system: You are a helpful assistant.
user:
Analyze the provided spectrum to determine if it is a **S-type Star**.

- **Key Indicators for S-type Star:**

    - **(Overall Spectrum Shape):** The first and most obvious characteristic is the overall continuum (the "baseline" shape). It is **extremely "red-sloping,"** meaning the flux (light intensity) is very low on the left side (blue, ~4000-4500 Å) and rises steeply and continuously toward the right side (red, ~7000 Å+).

    - **(Primary):** The spectrum is defined by the presence of strong, broad molecular absorption "valleys" (bands) from **Zirconium Oxide (ZrO)**. The identification of these bands is the **primary requirement** for classifying a star as S-type.
        - **(Key Bandheads):** You must find distinct, deep "dips" where the light has been absorbed. The most critical band systems to locate are:
            - **~6474 Å** ($\gamma$-system): This is often the strongest and clearest ZrO feature, found in the red part of the spectrum.
            - **~5718 Å** & **~5551 Å** ($\beta$-system): A pair of prominent absorption features in the yellow-orange part of the spectrum.
            - **~4640 Å** ($\alpha$-system): A key absorption band system in the blue-green region of the spectrum.

    - **(Secondary Confirmation):** The classification is strengthened by finding additional absorption bands from other related heavy element oxides, which are expected to be present alongside ZrO.
        - **(Key Bandheads):**
            - **Yttrium Oxide (YO):** Look for absorption dips near **~4800 Å** and **~6100 Å**.
            - **Lanthanum Oxide (LaO):** Additional absorption features, particularly in the red-orange part of the spectrum, are also characteristic.

    - **(Line Profile):** The combination of the steep red continuum and these numerous, deep molecular bands (ZrO, YO, etc.) gives the entire spectrum a very **"chopped-up"** or **"bumpy"** appearance. Instead of a smooth curve, the spectrum looks as though large, wide chunks of light have been "carved out" of it at the specific wavelengths listed above.

Think first, call **spectral_visualization_tool** if needed to examine features in detail, then provide your final answer. Your response must adhere to the following strict rules:
1.  **Overall Structure:** Your response must follow the format `<think>...</think> <tool_call>...</tool_call> (if a tool is used) <answer>...</answer>`.
2.  **Tool Usage Constraint:** You may only make **one** tool call per turn.
3.  **Final Answer Format:** In the `<answer>` tag, your conclusion must be inside a `\boxed{}` command (e.g., `\boxed{YES}` or `\boxed{NO}`), followed by your justification.

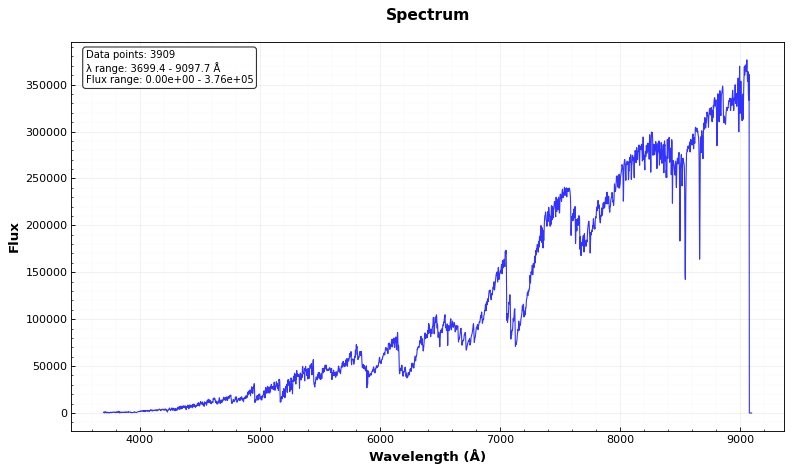
Answer: YES